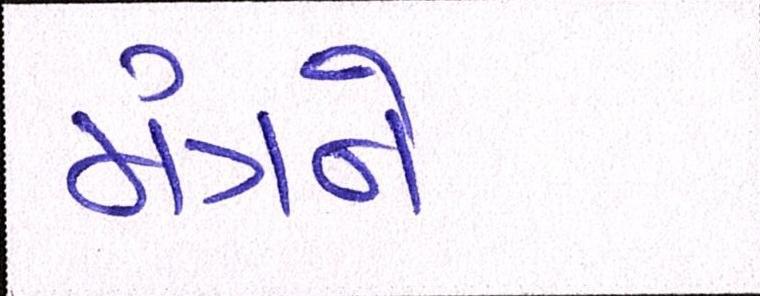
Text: મંત્રને